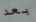
بعد